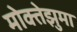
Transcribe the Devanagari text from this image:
मोक्तेझुमा